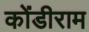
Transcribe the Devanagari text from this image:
कोंडीराम